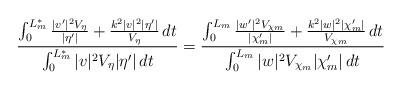
LaTeX: \begin{align*}\frac{\int_0^{L_m^*} \frac{|v'|^2 V_{\eta}}{| \eta'|}+\frac{k^2|v|^2 | \eta'|}{V_{\eta}} \,dt}{\int_0^{L_m^*} |v|^2 V_{\eta} | \eta'| \,dt}=\frac{\int_0^{L_m} \frac{|w'|^2 V_{\chi_m}}{| \chi_m'|}+\frac{k^2|w|^2 | \chi_m'|}{V_{\chi_m}} \,dt}{\int_0^{L_m} |w|^2 V_{\chi_m} | \chi_m'| \,dt}\end{align*}